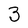
Character: 3